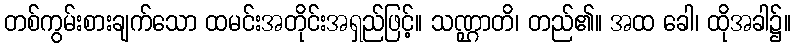
တစ်ကွမ်းစားချက်သော ထမင်းအတိုင်းအရှည်ဖြင့်။ သဏ္ဌာတိ၊ တည်၏။ အထ ခေါ၊ ထိုအခါ၌။